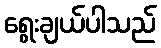
ရွေးချယ်ပါသည်